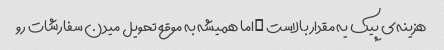
هزینه‌ی پیک یه مقدار بالاست …اما همیشه به موقع تحویل میدن سفارشات رو